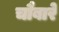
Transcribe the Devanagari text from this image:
चौबारे